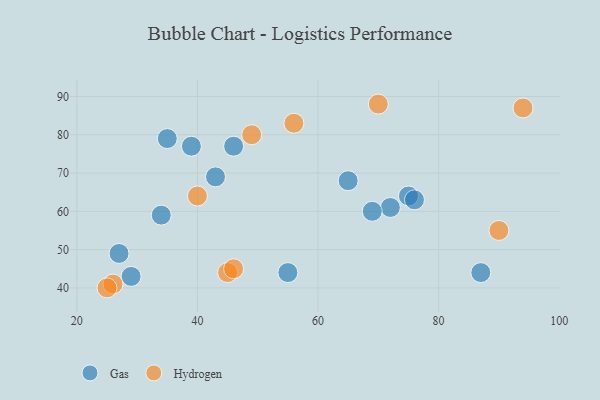
{"axis": {"x": "GDP", "y": "Life Expectancy"}, "legend": ["Gas", "Hydrogen"], "data": [{"x": "29", "y": 43, "type": "Gas"}, {"x": "75", "y": 64, "type": "Gas"}, {"x": "46", "y": 77, "type": "Gas"}, {"x": "72", "y": 61, "type": "Gas"}, {"x": "27", "y": 49, "type": "Gas"}, {"x": "65", "y": 68, "type": "Gas"}, {"x": "35", "y": 79, "type": "Gas"}, {"x": "76", "y": 63, "type": "Gas"}, {"x": "55", "y": 44, "type": "Gas"}, {"x": "43", "y": 69, "type": "Gas"}, {"x": "87", "y": 44, "type": "Gas"}, {"x": "39", "y": 77, "type": "Gas"}, {"x": "69", "y": 60, "type": "Gas"}, {"x": "34", "y": 59, "type": "Gas"}, {"x": "90", "y": 55, "type": "Hydrogen"}, {"x": "26", "y": 41, "type": "Hydrogen"}, {"x": "45", "y": 44, "type": "Hydrogen"}, {"x": "46", "y": 45, "type": "Hydrogen"}, {"x": "56", "y": 83, "type": "Hydrogen"}, {"x": "40", "y": 64, "type": "Hydrogen"}, {"x": "70", "y": 88, "type": "Hydrogen"}, {"x": "94", "y": 87, "type": "Hydrogen"}, {"x": "25", "y": 40, "type": "Hydrogen"}, {"x": "49", "y": 80, "type": "Hydrogen"}]}